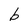
Character: b